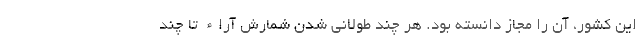
این کشور، آن را مجاز دانسته بود. هر چند طولانی شدن شمارش آراء تا چند